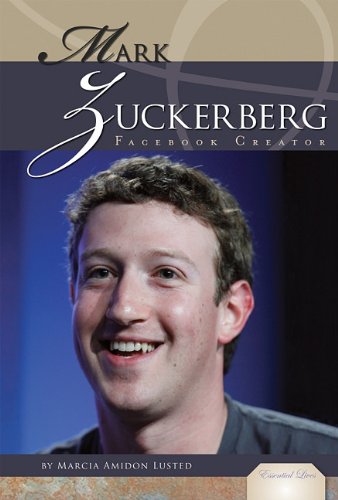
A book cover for Mark Zuckerberg: Facebook Creator (Essential Lives); Marcia Amidon Lusted; Children's Books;